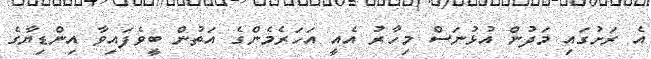
އެ ރަށުގައި މަދުން އުޅުނަސް މިހާރު އެއީ އަހަރެމެންގެ އަތުން ބީވެފައިވާ އިންޑިޔާގެ